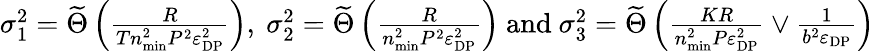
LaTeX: \begin{array}{r}{\sigma_{1}^{2}=\widetilde\Theta\left(\frac{R}{Tn_{\mathrm{min}}^{2}P^{2}\varepsilon_{\mathrm{DP}}^{2}}\right)\mathrm{,~}\sigma_{2}^{2}=\widetilde\Theta\left(\frac{R}{n_{\mathrm{min}}^{2}P^{2}\varepsilon_{\mathrm{DP}}^{2}}\right)\mathrm{~and~}\sigma_{3}^{2}=\widetilde\Theta\left(\frac{KR}{n_{\mathrm{min}}^{2}P\varepsilon_{\mathrm{DP}}^{2}}\vee\frac{1}{b^{2}\varepsilon_{\mathrm{DP}}}\right)}\end{array}